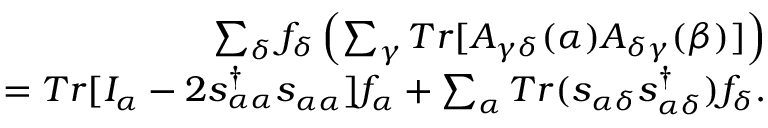
\begin{array} { r } { \sum _ { \delta } f _ { \delta } \left( \sum _ { \gamma } T r [ A _ { \gamma \delta } ( \alpha ) A _ { \delta \gamma } ( \beta ) ] \right) } \\ { = T r [ I _ { \alpha } - 2 s _ { \alpha \alpha } ^ { \dagger } s _ { \alpha \alpha } ] f _ { \alpha } + \sum _ { \alpha } T r ( s _ { \alpha \delta } s _ { \alpha \delta } ^ { \dagger } ) f _ { \delta } . } \end{array}